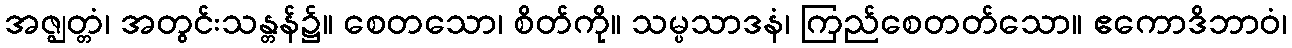
အဇ္ဈတ္တံ၊ အတွင်းသန္တန်၌။ စေတသော၊ စိတ်ကို။ သမ္ပသာဒနံ၊ ကြည်စေတတ်သော။ ဧကောဒိဘာဝံ၊